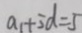
a _ { 1 } + 5 d = 5